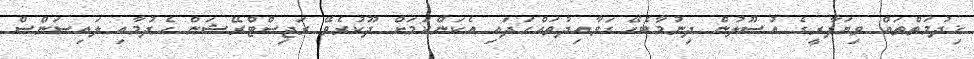
ޚިދުމަތްތައް ވިޔަފާރީގެ އުޞޫލުން ދިނުމާބެހޭ ގަވާއިދުތައްހަދައި އެކަންކަމަށް ދޫކުރެވޭ ރަޖިސްޓްރޭޝަން ހެދުމާއި ލައިސަންސް